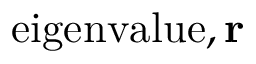
{ \mathrm { e i g e n v a l u e } } , \mathbf { r }